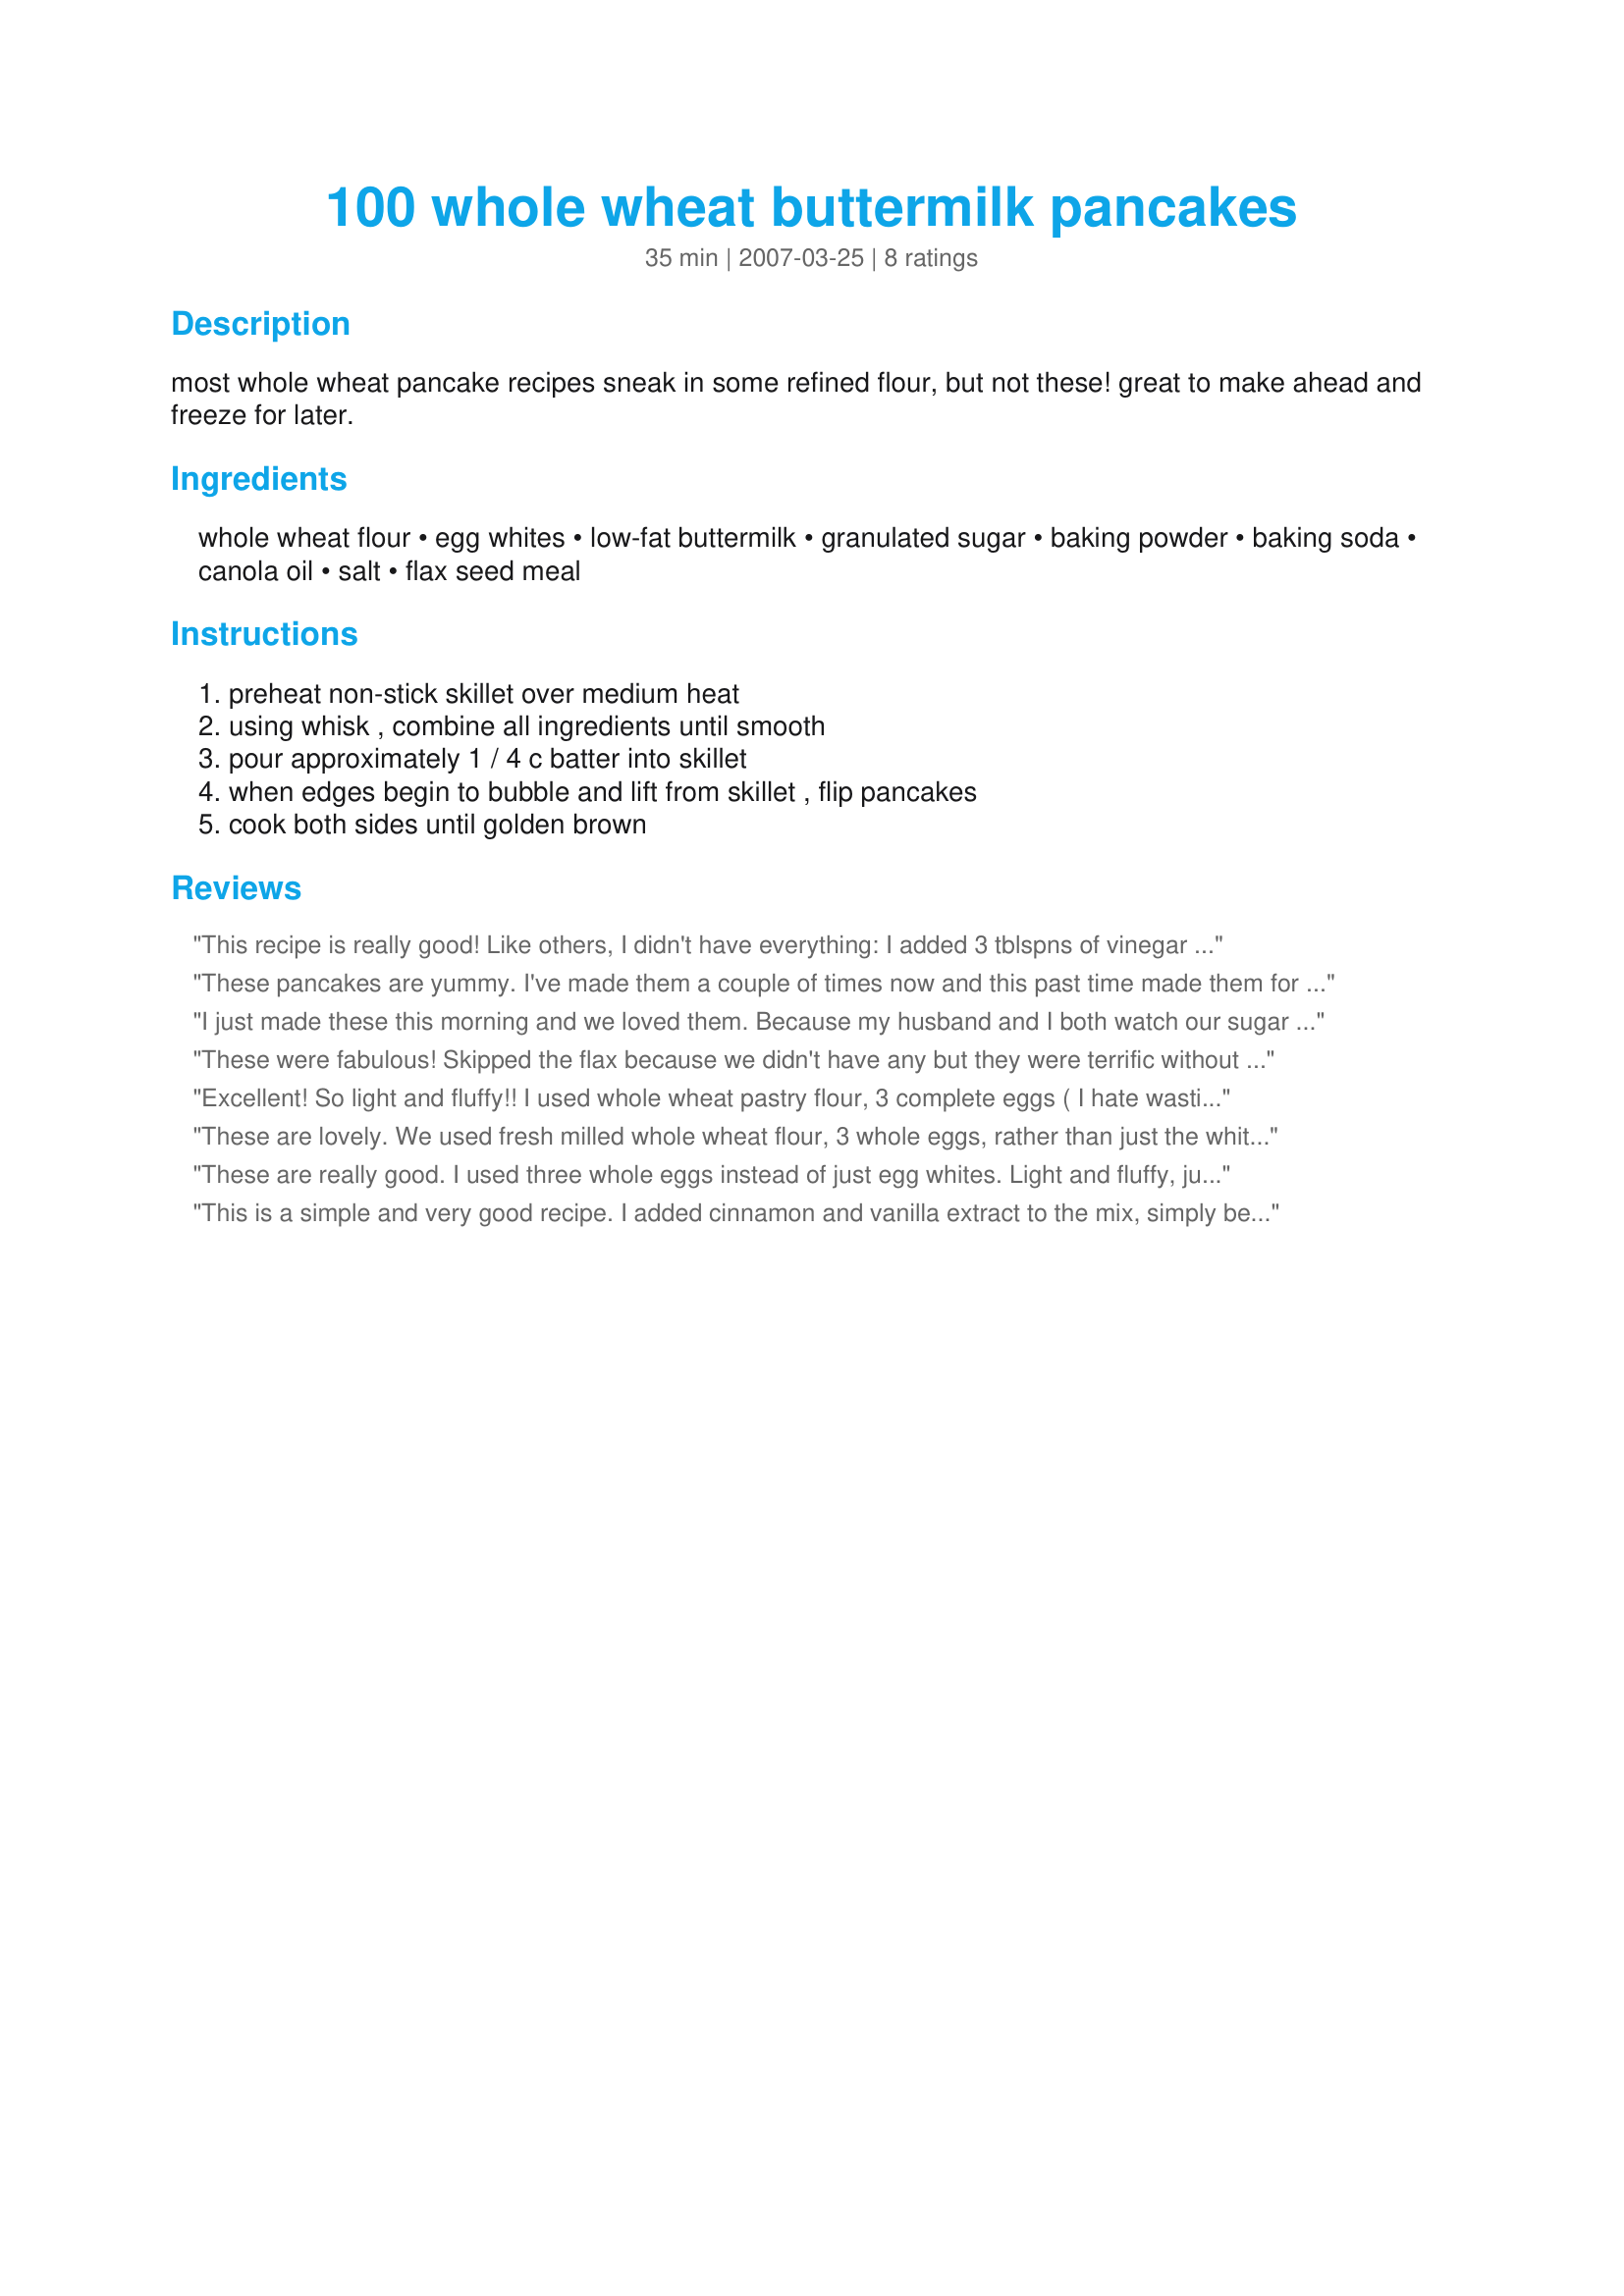
100 whole wheat buttermilk pancakes
Preparation time: 35 minutes

most whole wheat pancake recipes sneak in some refined flour, but not these!
great to make ahead and freeze for later.

Ingredients:
whole wheat flour, egg whites, low-fat buttermilk, granulated sugar, baking powder, baking soda, canola oil, salt, flax seed meal

Steps:
preheat non-stick skillet over medium heat, using whisk , combine all ingredients until smooth, pour approximately 1 / 4 c batter into skillet, when edges begin to bubble and lift from skillet , flip pancakes, cook both sides until golden brown

Reviews:
This recipe is really good! Like others, I didn't have everything: I added 3 tblspns of vinegar to 1 1/4 cups of milk; trying to watch sugar, I used coconut palm sugar, I used coconut oil instead of canola (didn't have canola); 3 whole eggs. I'm not sure if it's because of the coconut oil, but you don't need any butter on these pancakes !!! Soft and Moist... had frozen blueberries, added about 2 tblspns orange juice a little coconut palm sugar and cornstarch to thicken. Absolutely wonderful ! I like that this recipe can be modified according to health issues. Oh, and the flax made this much more healthy than it already is... like that you don't have to add regular flour ! Thank you Mims and Squims !!!
These pancakes are yummy. I've made them a couple of times now and this past time made them for my roommate. She was surprised at how good they were (with the whole wheat and flaxseed). I love flaxseed and this is one ingredient that made the recipe attractive for me. I like to freeze these and heat them in the microwave (one minute, wrapped in a paper towel) for a quick breakfast.
I just made these this morning and we loved them. Because my husband and I both watch our sugar and fat intake, I "tweaked" this recipe towards one more our style.
The flavor was awesome! Somewhat nutty with just a hint of "sweet" because of the vanilla. The texture was light and fluffy but still filling.
My tweaks were:
~1 1/4 cup whole grain pancake flour (Found at Whole Foods)
~3 whole eggs vs egg whites
~1/4 cup Splenda vs sugar
~1/2 cup unsweetened applesauce
~no salt
~2 TBS. ground golden flaxseed
~1 tsp Mexican vanilla (Use 2 tsp when using standard vanilla extract)
Because I LOVE blueberries, I also added dried blueberries to the last cup of batter.
Great recipe! Thanks Mims and Squims! :-)
These were fabulous! Skipped the flax because we didn't have any but they were terrific without them. DH is the one who cooked them on a cast iron griddle and they seemed to cook a little faster than regular pancakes. Not sure if it's because of the whole wheat or maybe he had the griddle too hot. Just watch them at first so you don't burn them. Next time I'll cook them myself and update my review if I can confirm either way. A new weekend favorite!
Excellent! So light and fluffy!! I used whole wheat pastry flour, 3 complete eggs ( I hate wasting parts of eggs!), and 1/8 cup of sucanat (dehydrated cane juice). Didn't have buttermilk, so added 3 tablespoons of cider vinegar to 1 1/4 cups of regular milk. Worked beautifully. I also added a teaspoon of vanilla and at least 1/2 cup of cooked,mashed butternut squash--SOOOO yummy!! Thanks for a great recipe that's almost as simple as the mixes!
These are lovely. We used fresh milled whole wheat flour, 3 whole eggs, rather than just the whites, and substituted organic butter, melted, in place of oil. Really good, and filling! Thanks for a wonderful recipe!
These are really good. I used three whole eggs instead of just egg whites. Light and fluffy, just like regular buttermilk pancakes.
This is a simple and very good recipe. I added cinnamon and vanilla extract to the mix, simply because I enjoy those flavors in my pancakes. Even my toddler scarfed them down!
